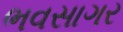
ભવસાગર